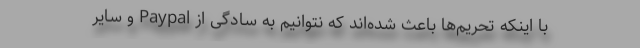
با اینکه تحریم‌ها باعث شده‌اند که نتوانیم به سادگی از Paypal و سایر